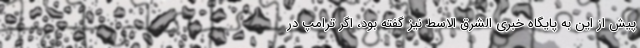
پیش از این به پایگاه خبری الشرق الاسط نیز گفته بود، اگر ترامپ در